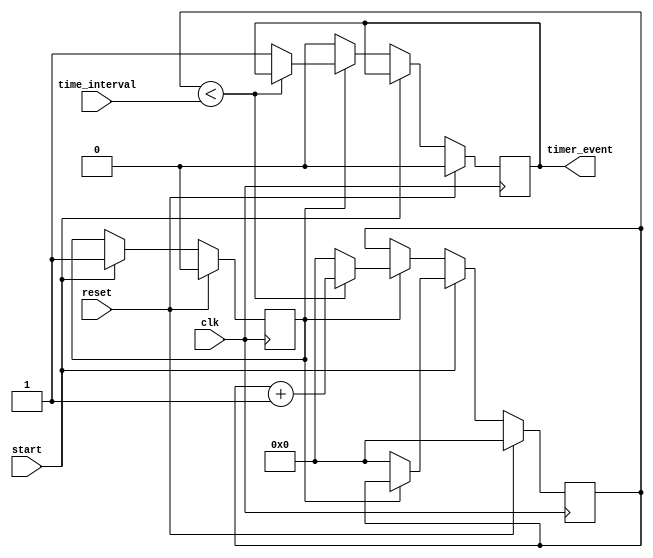
module timer_event_control (
    input wire clk,               // Clock signal for timing
    input wire start,             // Start signal to trigger the timer
    input wire reset,             // Reset signal to initialize the timer
    input wire [31:0] time_interval, // Time interval in simulation time units
    output reg timer_event        // Timer event signal
);

    // State definitions
    reg [31:0] counter;           // Counter to track elapsed time
    reg timer_running;            // Timer running flag

    // Initialize the timer
    initial begin
        counter = 0;
        timer_event = 0;
        timer_running = 0;
    end

    // Main timer control process
    always @(posedge clk) begin
        if (reset) begin
            // Reset the timer
            counter <= 0;
            timer_event <= 0;
            timer_running <= 0;
        end else if (start) begin
            // Start the timer
            if (!timer_running) begin
                timer_running <= 1;
                counter <= 0; // Reset counter when starting
            end
        end else if (timer_running) begin
            // Count until the time interval is reached
            if (counter < time_interval) begin
                counter <= counter + 1; // Increment counter
            end else begin
                // Timer event occurs
                timer_event <= 1; // Assert timer event signal
                counter <= 0; // Reset counter for next interval
            end
        end else if (timer_event) begin
            // Timer event active - can be deasserted after a duration
            timer_event <= 0; // Deassert event signal; modify this logic if needed
        end
    end

endmodule